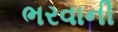
ભરવાની